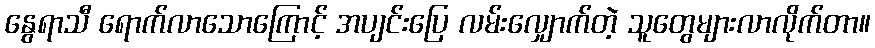
နွေရာသီ ရောက်လာသောကြောင့် အပျင်းပြေ လမ်းလျှောက်တဲ့ သူတွေများလာလိုက်တာ။